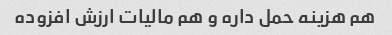
هم هزینه حمل داره و هم مالیات ارزش افزوده